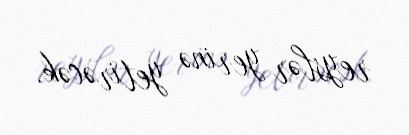
reyslər yerinə yetirəcək.